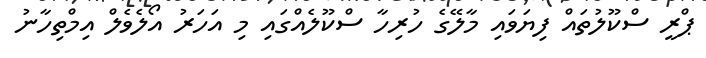
ޕްރީ ސްކޫލުތައް ފިޔަވައި މާލޭގެ ހުރިހާ ސްކޫލެއްގައި މި އަހަރު އޯލެވެލް އިމްތިހާނު